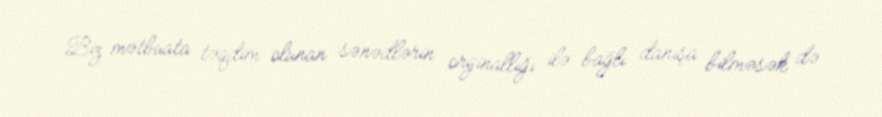
Biz mətbuata təqdim olunan sənədlərin orijinallığı ilə bağlı danışa bilməsək də